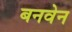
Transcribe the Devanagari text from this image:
बनवेन